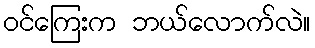
ဝင်ကြေးက ဘယ်လောက်လဲ။